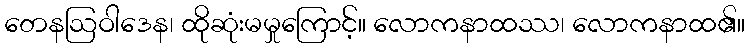
တေနဩဝါဒေန၊ ထိုဆုံးမမှုကြောင့်။ လောကနာထဿ၊ လောကနာထ၏။